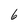
Character: 6